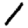
Digit: 1